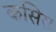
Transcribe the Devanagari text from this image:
कसिरा